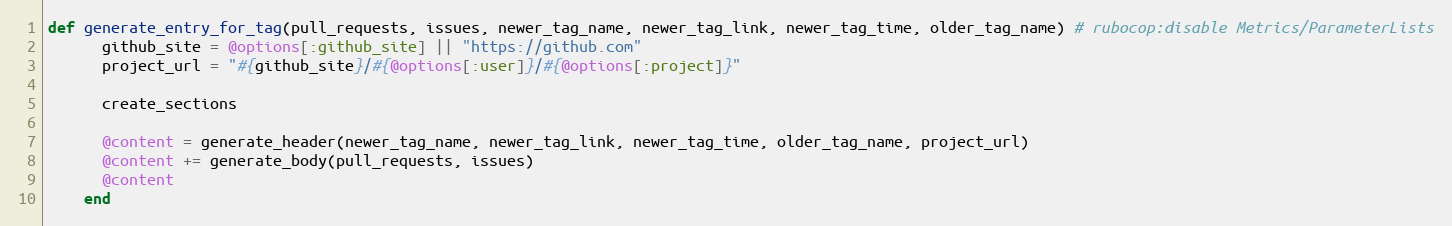
Language: Ruby
def generate_entry_for_tag(pull_requests, issues, newer_tag_name, newer_tag_link, newer_tag_time, older_tag_name) # rubocop:disable Metrics/ParameterLists
      github_site = @options[:github_site] || "https://github.com"
      project_url = "#{github_site}/#{@options[:user]}/#{@options[:project]}"

      create_sections

      @content = generate_header(newer_tag_name, newer_tag_link, newer_tag_time, older_tag_name, project_url)
      @content += generate_body(pull_requests, issues)
      @content
    end